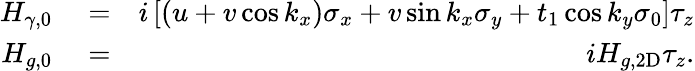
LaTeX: \begin{array}{rlr}{H_{\gamma,0}}&{{}=}&{i\left[(u+v\cos k_{x})\sigma_{x}+v\sin k_{x}\sigma_{y}+t_{1}\cos k_{y}\sigma_{0}\right]\tau_{z}}\\ {H_{g,0}}&{{}=}&{iH_{g,\mathrm{2D}}\tau_{z}.}\end{array}